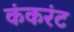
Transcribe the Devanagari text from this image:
कंकरंट